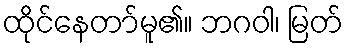
ထိုင်နေတာ်မူ၏။ ဘဂဝါ၊ မြတ်